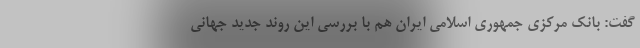
گفت: بانک مرکزی جمهوری اسلامی ایران هم با بررسی این روند جدید جهانی